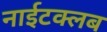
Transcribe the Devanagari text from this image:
नाईटक्लब